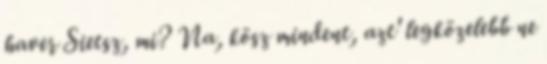
haver Sietsz, mi? Na, kösz mindent, azt' legközelebb ne